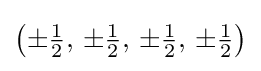
{\bigl (}{\pm {\tfrac {1}{2}}},\,\pm {\tfrac {1}{2}},\,\pm {\tfrac {1}{2}},\,\pm {\tfrac {1}{2}}{\bigr )}